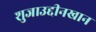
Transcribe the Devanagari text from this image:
शुजाउद्दीनखान